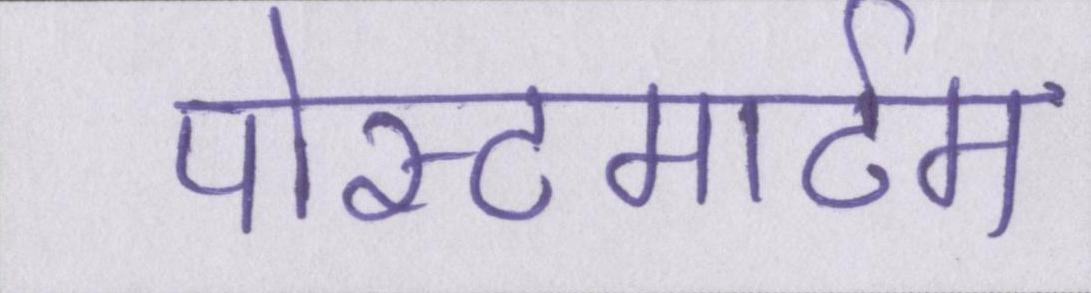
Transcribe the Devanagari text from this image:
पोस्टमार्टम